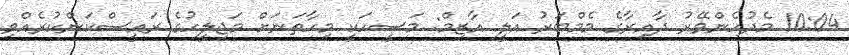
10:04 މެދުހެންވޭރު ދާއިރާގެ މެމްބަރު އަލީ އާޒިމް: މަސީހަކީ މިހާތަނަށް މަޖިލީހުގެ ރައީސްކަންކުރެއްވި